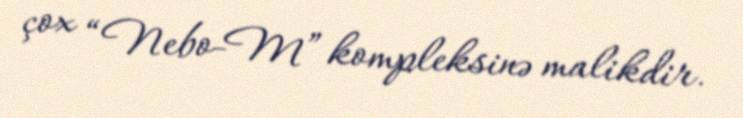
çox “Nebo-M” kompleksinə malikdir.